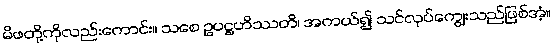
မိဖတို့ကိုလည်းကောင်း။ သစေ ဥပဋ္ဌဟိဿတိ၊ အကယ်၍ သင်လုပ်ကျွေးသည်ဖြစ်အံ့။